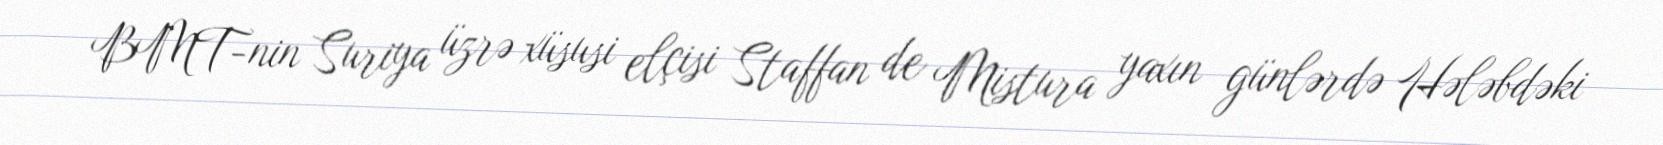
BMT-nin Suriya üzrə xüsusi elçisi Staffan de Mistura yaxın günlərdə Hələbdəki